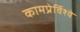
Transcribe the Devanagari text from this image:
कामप्रेर्विश्वे